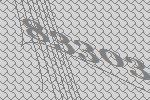
83303